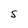
Character: S